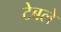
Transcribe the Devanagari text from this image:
टेबले